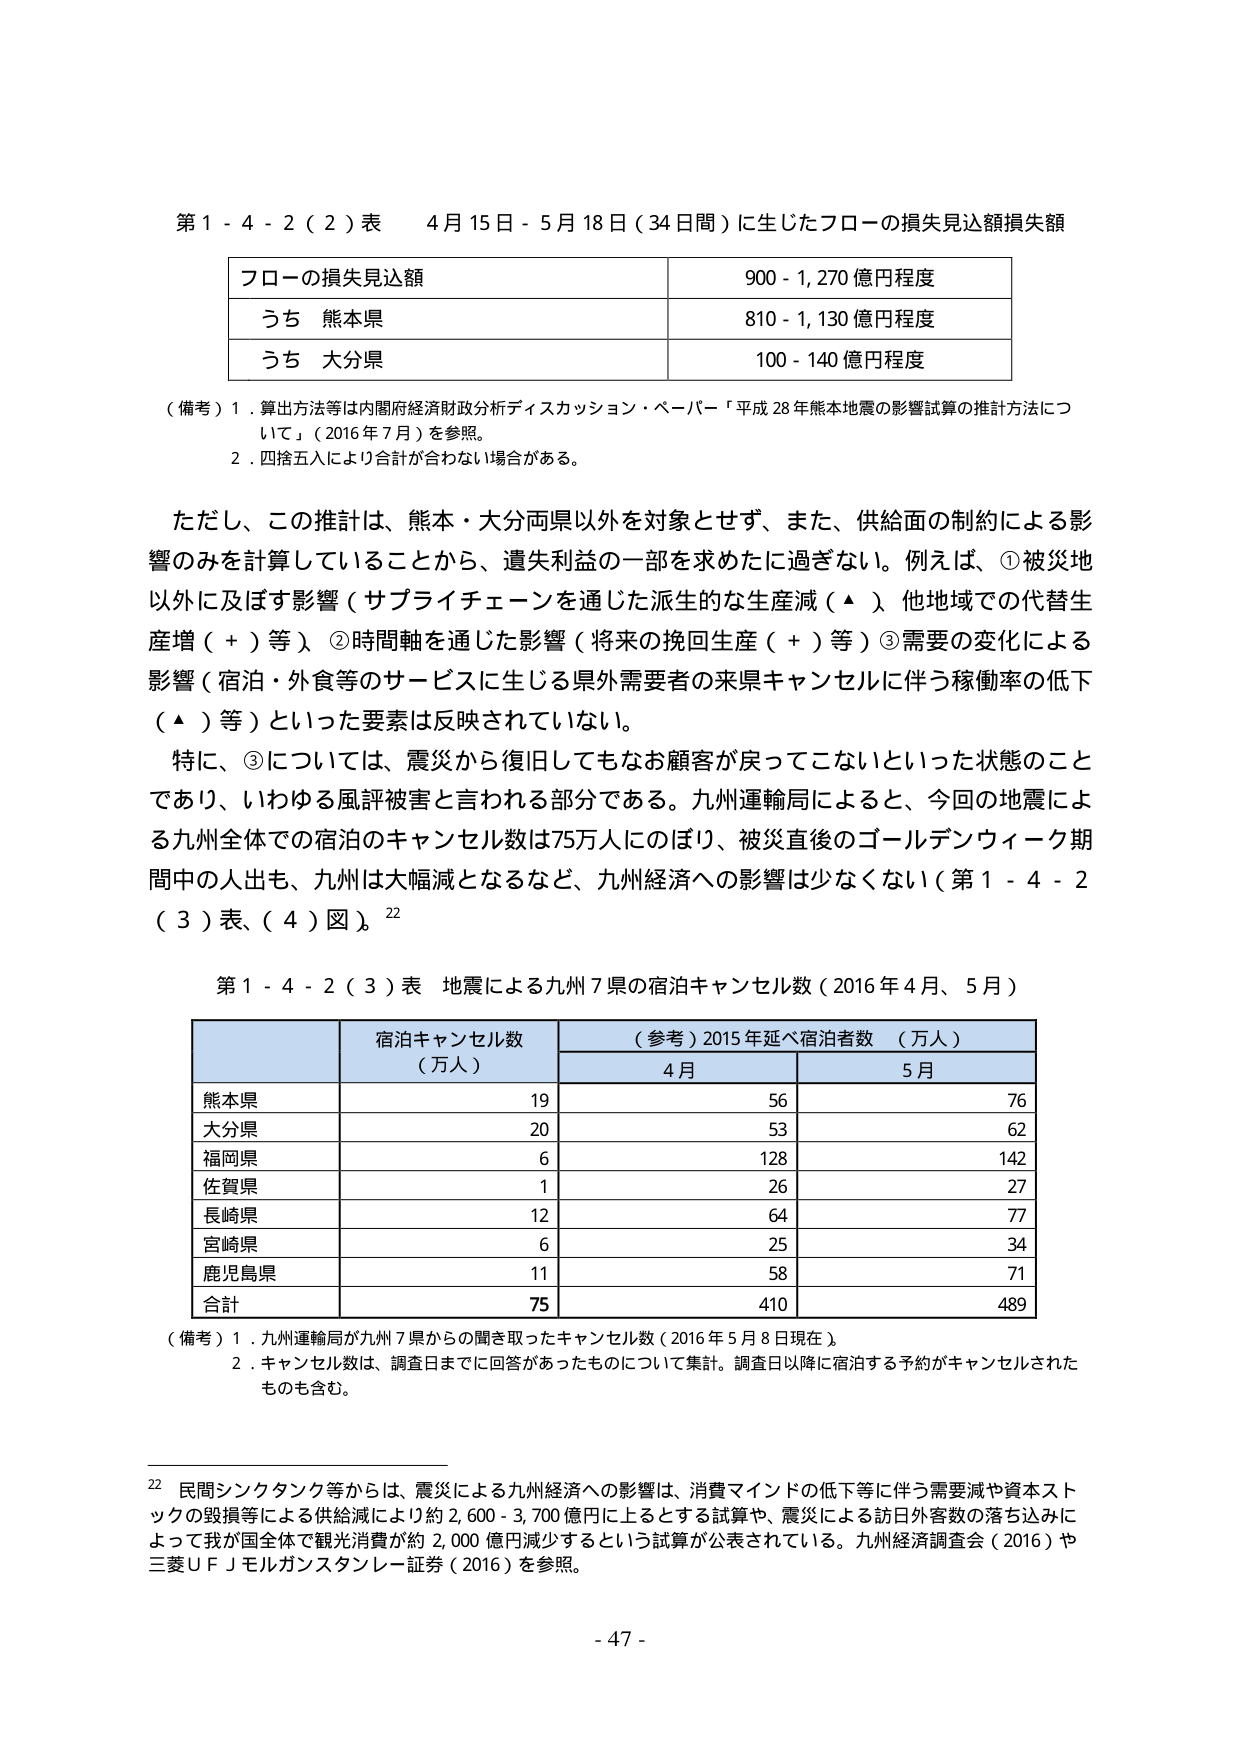
第１－４－２（２）表　４月１５日－５月１８日（３４日間）に生じたフローの損失見込額損失額

フローの損失見込額　　　　　　　　　　　　９００－１，２７０億円程度
うち　熊本県　　　　　　　　　　　　　　　８１０－１，１３０億円程度
うち　大分県　　　　　　　　　　　　　　　１００－１４０億円程度

（備考）１．算出方法等は内閣府経済財政分析ディスカッション・ペーパー「平成２８年熊本地震の影響試算の推計方法について」（２０１６年７月）を参照。
　　　２．四捨五入により合計が合わない場合がある。

ただし、この推計は、熊本・大分両県以外を対象とせず、また、供給面の制約による影響のみを計算していることから、遺失利益の一部を求めたに過ぎない。例えば、①被災地以外に及ぼす影響（サプライチェーンを通じた派生的な生産減（▲）、他地域での代替生産増（＋）等）、②時間軸を通じた影響（将来の挽回生産（＋）等）、③需要の変化による影響（宿泊・外食等のサービスに生じる県外需要者の来県キャンセルに伴う稼働率の低下（▲）等）といった要素は反映されていない。

特に、③については、震災から復旧してもなお顧客が戻ってこないといった状態のことであり、いわゆる風評被害と言われる部分である。九州運輸局によると、今回の地震による九州全体での宿泊のキャンセル数は７５万人にのぼり、被災直後のゴールデンウィーク期間中の人出も、九州は大幅減となるなど、九州経済への影響は少なくない（第１－４－２（３）表、（４）図）。²²

第１－４－２（３）表　地震による九州７県の宿泊キャンセル数（２０１６年４月、５月）

　　　　　　　　　　　　　宿泊キャンセル数　　　　　　（参考）２０１５年延べ宿泊者数　（万人）
　　　　　　　　　　　　　（万人）　　　　　　　　　　　　　　４月　　　　　　　　５月
熊本県　　　　　　　　　　　　１９　　　　　　　　　　　　　　５６　　　　　　　　７６
大分県　　　　　　　　　　　　２０　　　　　　　　　　　　　　５３　　　　　　　　６２
福岡県　　　　　　　　　　　　６　　　　　　　　　　　　　　　１２８　　　　　　　１４２
佐賀県　　　　　　　　　　　　１　　　　　　　　　　　　　　　２６　　　　　　　　２７
長崎県　　　　　　　　　　　　１２　　　　　　　　　　　　　　６４　　　　　　　　７７
宮崎県　　　　　　　　　　　　６　　　　　　　　　　　　　　　２５　　　　　　　　３４
鹿児島県　　　　　　　　　　　１１　　　　　　　　　　　　　　５８　　　　　　　　７１
合計　　　　　　　　　　　　７５　　　　　　　　　　　　　　４１０　　　　　　　４８９

（備考）１．九州運輸局が九州７県からの聞き取ったキャンセル数（２０１６年５月８日現在）。
　　　２．キャンセル数は、調査日までに回答があったものについて集計。調査日以降に宿泊する予約がキャンセルされたものも含む。

²²　民間シンクタンク等からは、震災による九州経済への影響は、消費マインドの低下等に伴う需要減や資本ストックの毀損等による供給減により約２，６００－３，７００億円に上るとする試算や、震災による訪日外客数の落ち込みによって我が国全体で観光消費が約２，０００億円減少するという試算が公表されている。九州経済調査会（２０１６）や三菱ＵＦＪモルガンスタンレー証券（２０１６）を参照。

－４７－